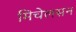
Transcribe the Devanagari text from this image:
मिचेलसन